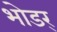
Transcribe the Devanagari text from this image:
भोडर्